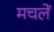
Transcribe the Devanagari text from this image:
मचलें